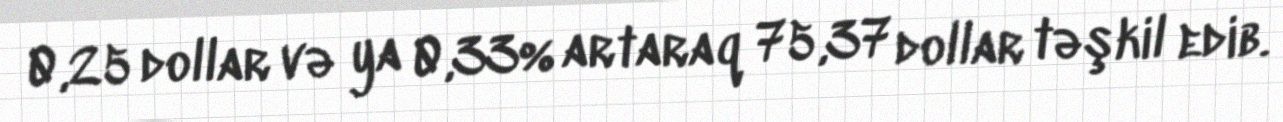
0,25 dollar və ya 0,33% artaraq 75,37 dollar təşkil edib.